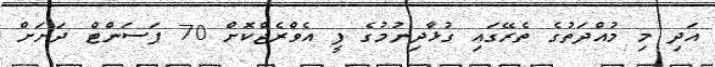
އަދި މި މުއްދަތުގެ ތެރޭގައި ގުޅާދިނުމުގެ ފީ އެވްރެޖްކޮށް 70 ޕަސަންޓް ދަށަށް